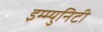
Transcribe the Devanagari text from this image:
इम्म्युनिटी